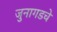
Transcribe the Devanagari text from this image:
जुनागडचे